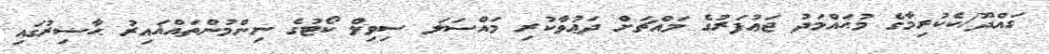
ގައްދޫ/ކެކުރިމާގެ މުޙައްމަދު ޖަޢުފަރުގެ މައްޗަށް ދަޢުވާކުރި މައްސަލަ ސިވިލް ކޯޓުގެ ނިންމުންތައްޣައިރު ޙާޟިރުގައި